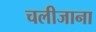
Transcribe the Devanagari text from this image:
चलीजाना